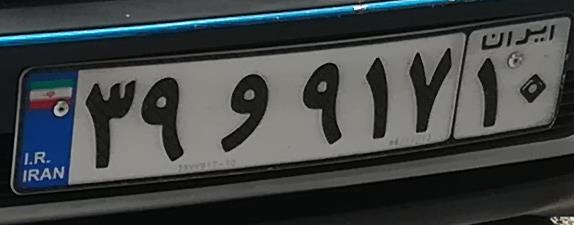
۳۹و۹۱۷۱۰